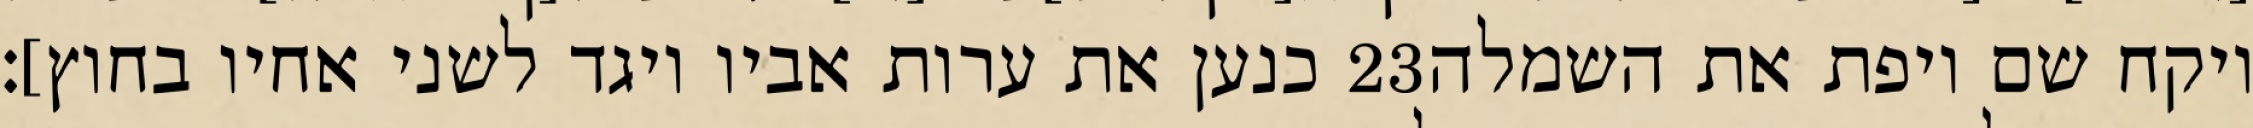
כנען את ערות אביו ויגד לשני אחיו בחוץ]׃ ‎23‏ ויקח שם ויפת את השמלה